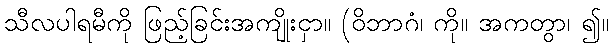
သီလပါရမီကို ဖြည့်ခြင်းအကျိုးငှာ။ (ဝိဘာဂံ၊ ကို။ အကတွာ၊ ၍။